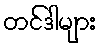
တင်ဒါများ